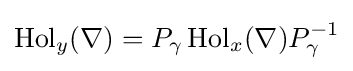
\operatorname {Hol} _{y}(\nabla )=P_{\gamma }\operatorname {Hol} _{x}(\nabla )P_{\gamma }^{-1}